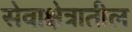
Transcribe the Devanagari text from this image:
सेवाक्षेत्रातील